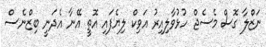
ނަޒްލާ ގޮސް މެސެޖް ހުޅުވާލިއިރު އަވިކް ލިޔެފައި އޮތީ އޭނާ އެދަނީ ބިޒްނެސް